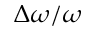
\Delta \omega / \omega